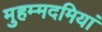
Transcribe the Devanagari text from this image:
मुहम्मदमियां